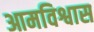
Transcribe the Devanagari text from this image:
आमविश्वास